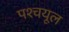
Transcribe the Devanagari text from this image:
पश्‍चयूल